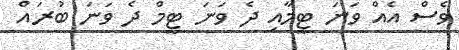
ވެސް އެއް ވަނަ ޓީމާއި ދެ ވަނަ ޓީމް ދެ ވަނަ ބުރައް